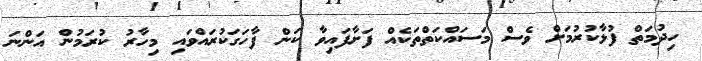
ހިދުމަތް ފުޅާކުރުމަށް ވެސް މަސައްކަތްތަކެއް ފަށާފައިވާ ކަން ފާހަގަކުރައްވައި މިހާރު ކުރަމުން އަންނަ